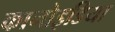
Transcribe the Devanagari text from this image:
कानोइडिया